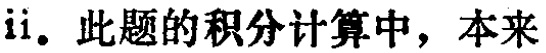
ii. 此题的积分计算中，本来